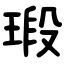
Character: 瑖